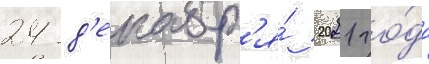
24 д'екабр'я́ 2021 го́да